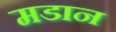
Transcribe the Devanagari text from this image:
मडान